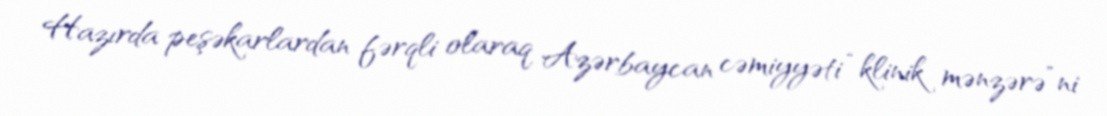
Hazırda peşəkarlardan fərqli olaraq Azərbaycan cəmiyyəti “klinik mənzərə”ni